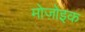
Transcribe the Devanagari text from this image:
मोज़ोइक